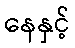
နေနှင့်